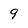
Character: 9